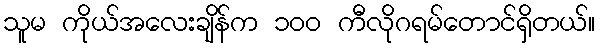
သူမ ကိုယ်အလေးချိန်က ၁၀၀ ကီလိုဂရမ်တောင်ရှိတယ်။